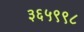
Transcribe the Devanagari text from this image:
३६५९९८